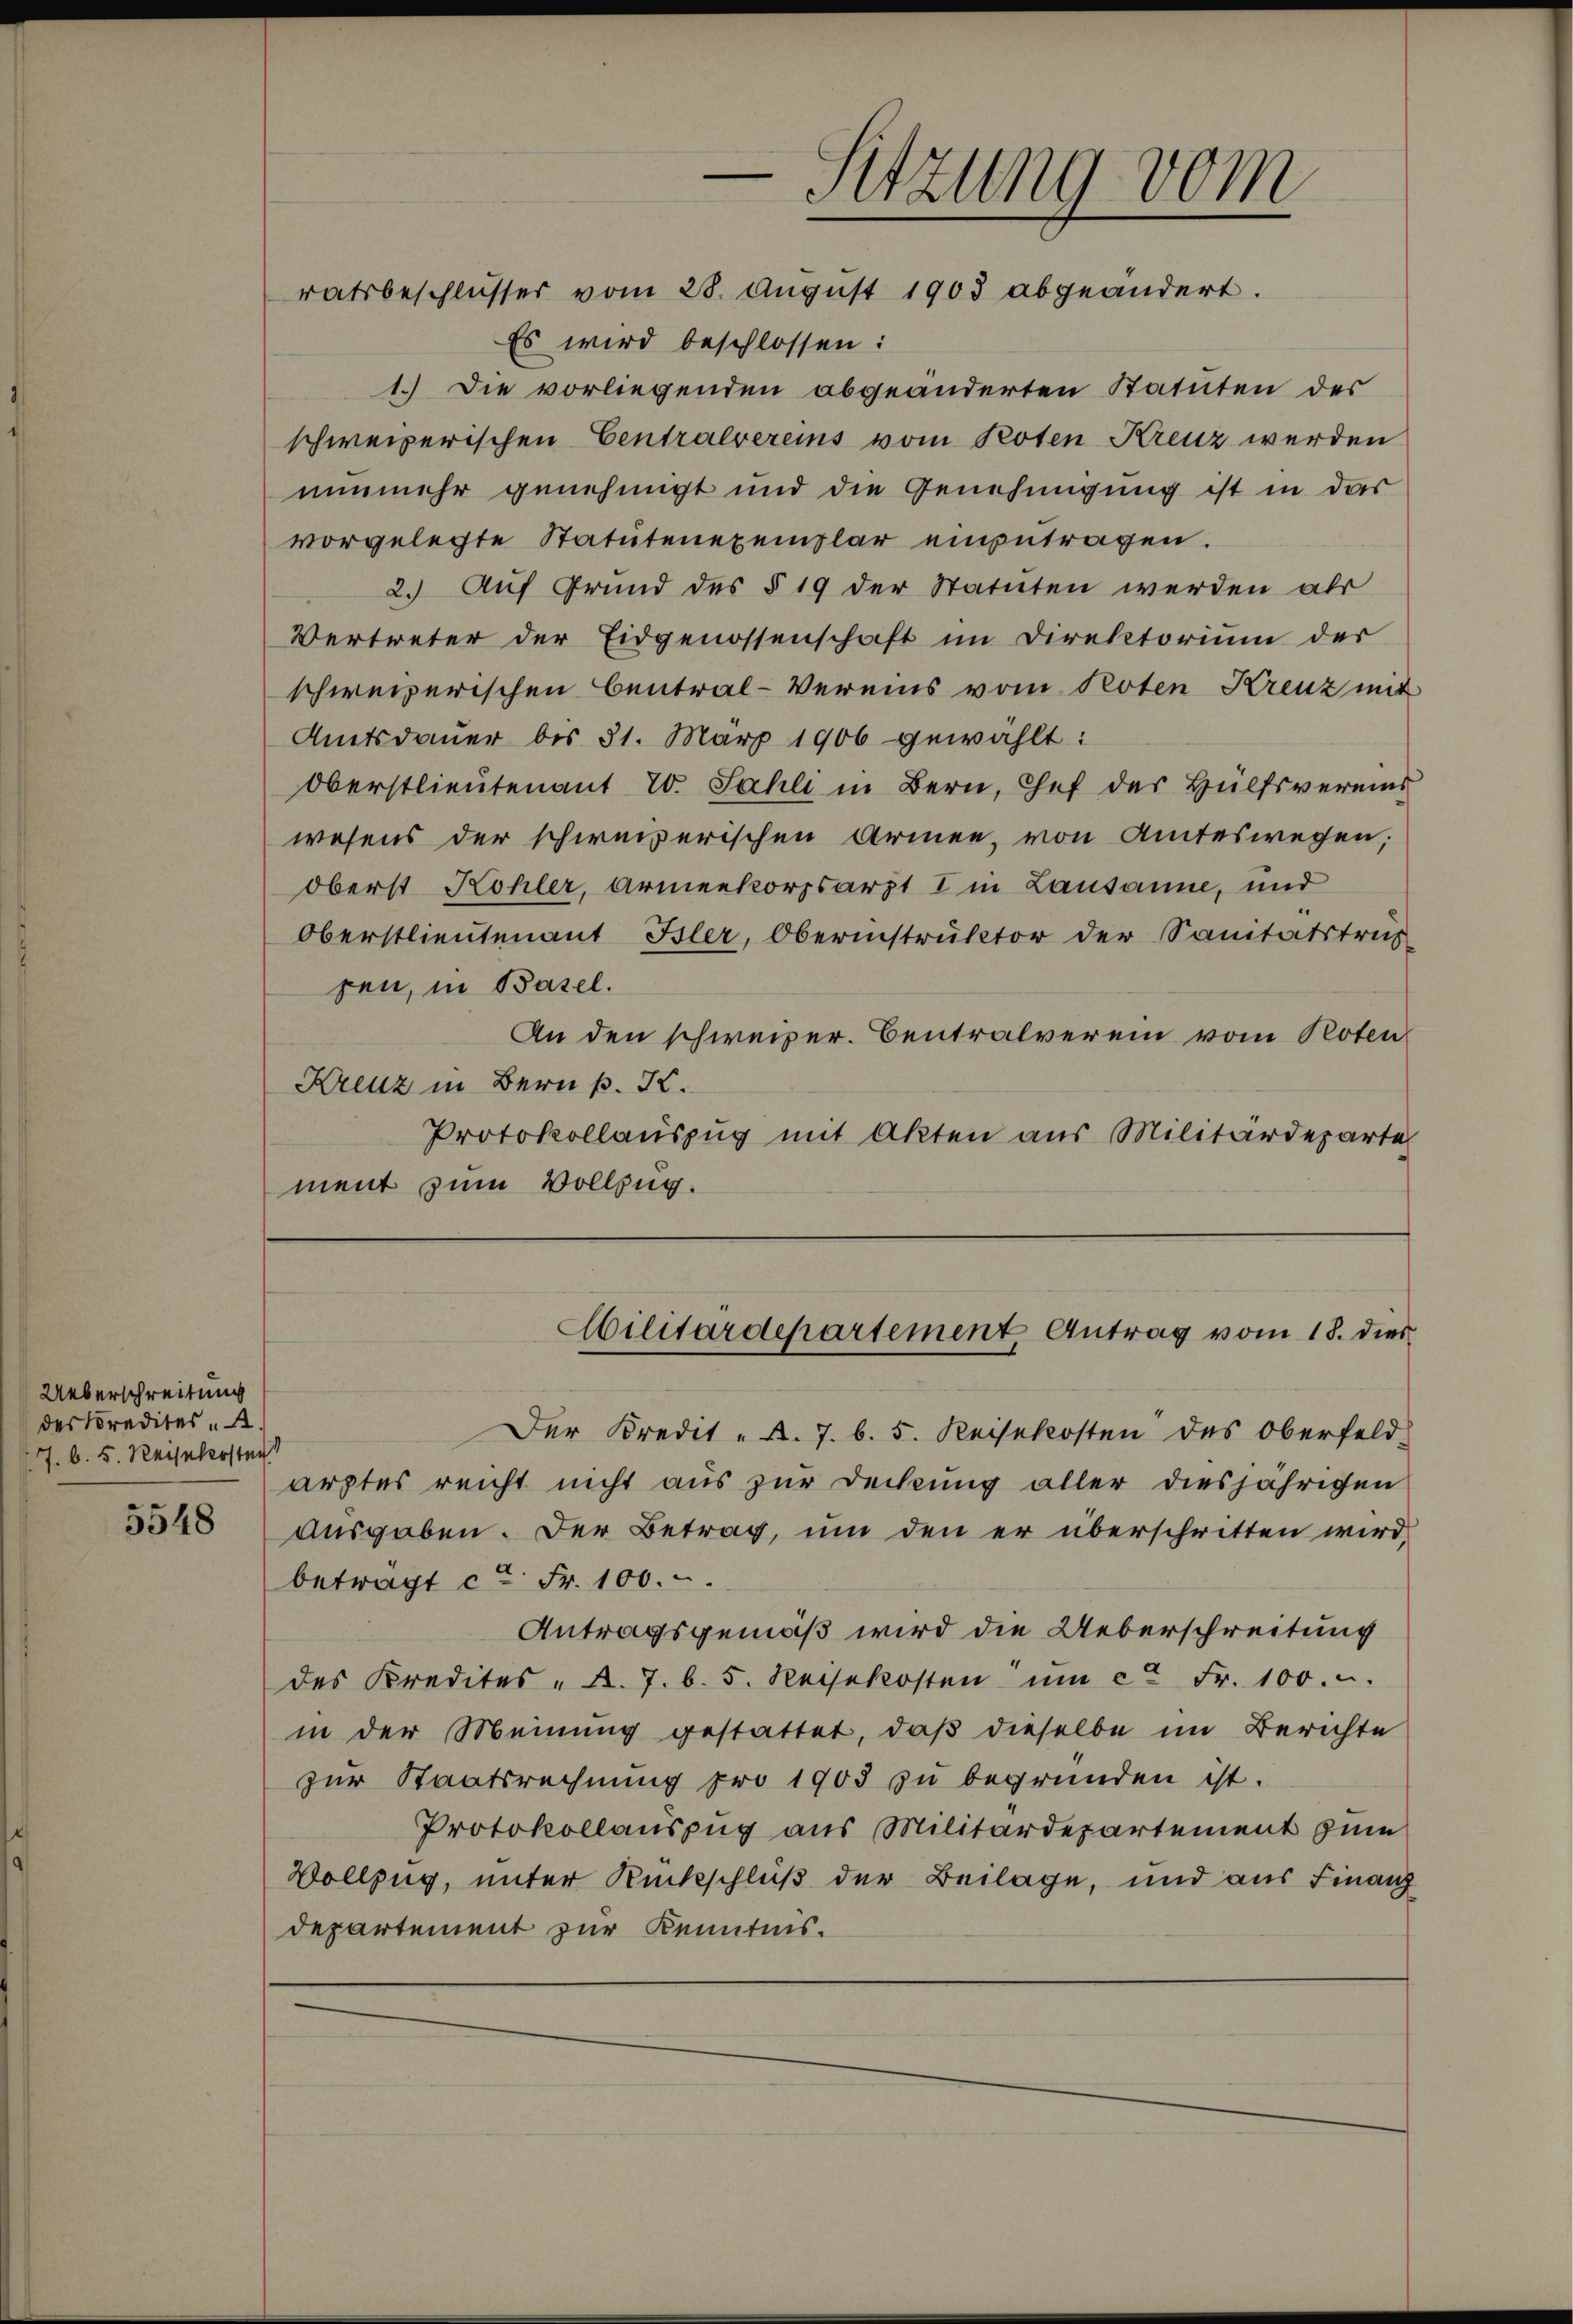
Ueberschreitung
des Kredites
7. b. 5. Reisehersten

5548

Es wird beschlossen:
1.) Die vorliegenden abgeänderten Statuten des
schweizerischen Centralvereins vom Poten Kreuz werden
nunmehr genehmigt und die Genehmigung ist in das
vorgelegte Statutenexemplar einzutragen.
2. Auf Grund des § 19 der Statuten werden als
Vertreter der Eidgenossenschaft im Direktorium der
schweizerischen Central-Vereins vom Noten Kreuz mit
Amtsdauer bis 31. März 1906 gewählt:
Oberstlieutenant 20. Sahli in Bern, Chef der Hülfsvereins
wesens der schweizerischen Armen, von Amteswegen;
oberst Kohler, Armenkorpsarzt I in Lausanne, und
Oberstlieutenant Isler, Oberinstruktor der Sanitätstruc
pen, in Basel.
An den schweizer. Centralverein vom Roten
Kreuz in Bern p. I.
Protokollauszug mit Akten aus Militärdeparte
ment zum Vollzug.

Der Kredit - A. 7. b. 5. Reisekosten des Oberfeld-
arztes reicht nicht aus zur Deckung aller diesjährigen
Ausgaben. Der Betrag, um den er überschritten wird,
beträgt ca Fr. 100.
Antragsgemäß wird die Ueberschreitung
des Kredites - A. 7. b. 5. Reisekosten ŭm ca Fr. 100.
in der Meinung gestattet, daß dieselbe im Berichte
zur Staatsrechnung pro 1903 zu begründen ist.
Protokollauszug aus Militärdepartement zum
Vollzug, unter Rückschluß der Beilage, und aus Finanz
departement zur Kenntnis.

-Sitzung vom
ratsbeschlusser vom 28. August 1903 abgeändert.

Militärdepartement Antrag vom 18. dies